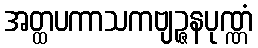
အတ္ထပကာသကဗျဉ္ဇနပုဏ္ဏံ